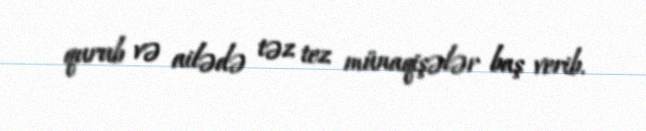
qurub və ailədə təz tez münaqişələr baş verib.